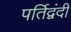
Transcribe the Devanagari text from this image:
पर्तिद्वंदी